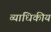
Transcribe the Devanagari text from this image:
व्याधिकीय